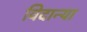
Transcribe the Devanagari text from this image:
विदान्या